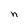
Character: n